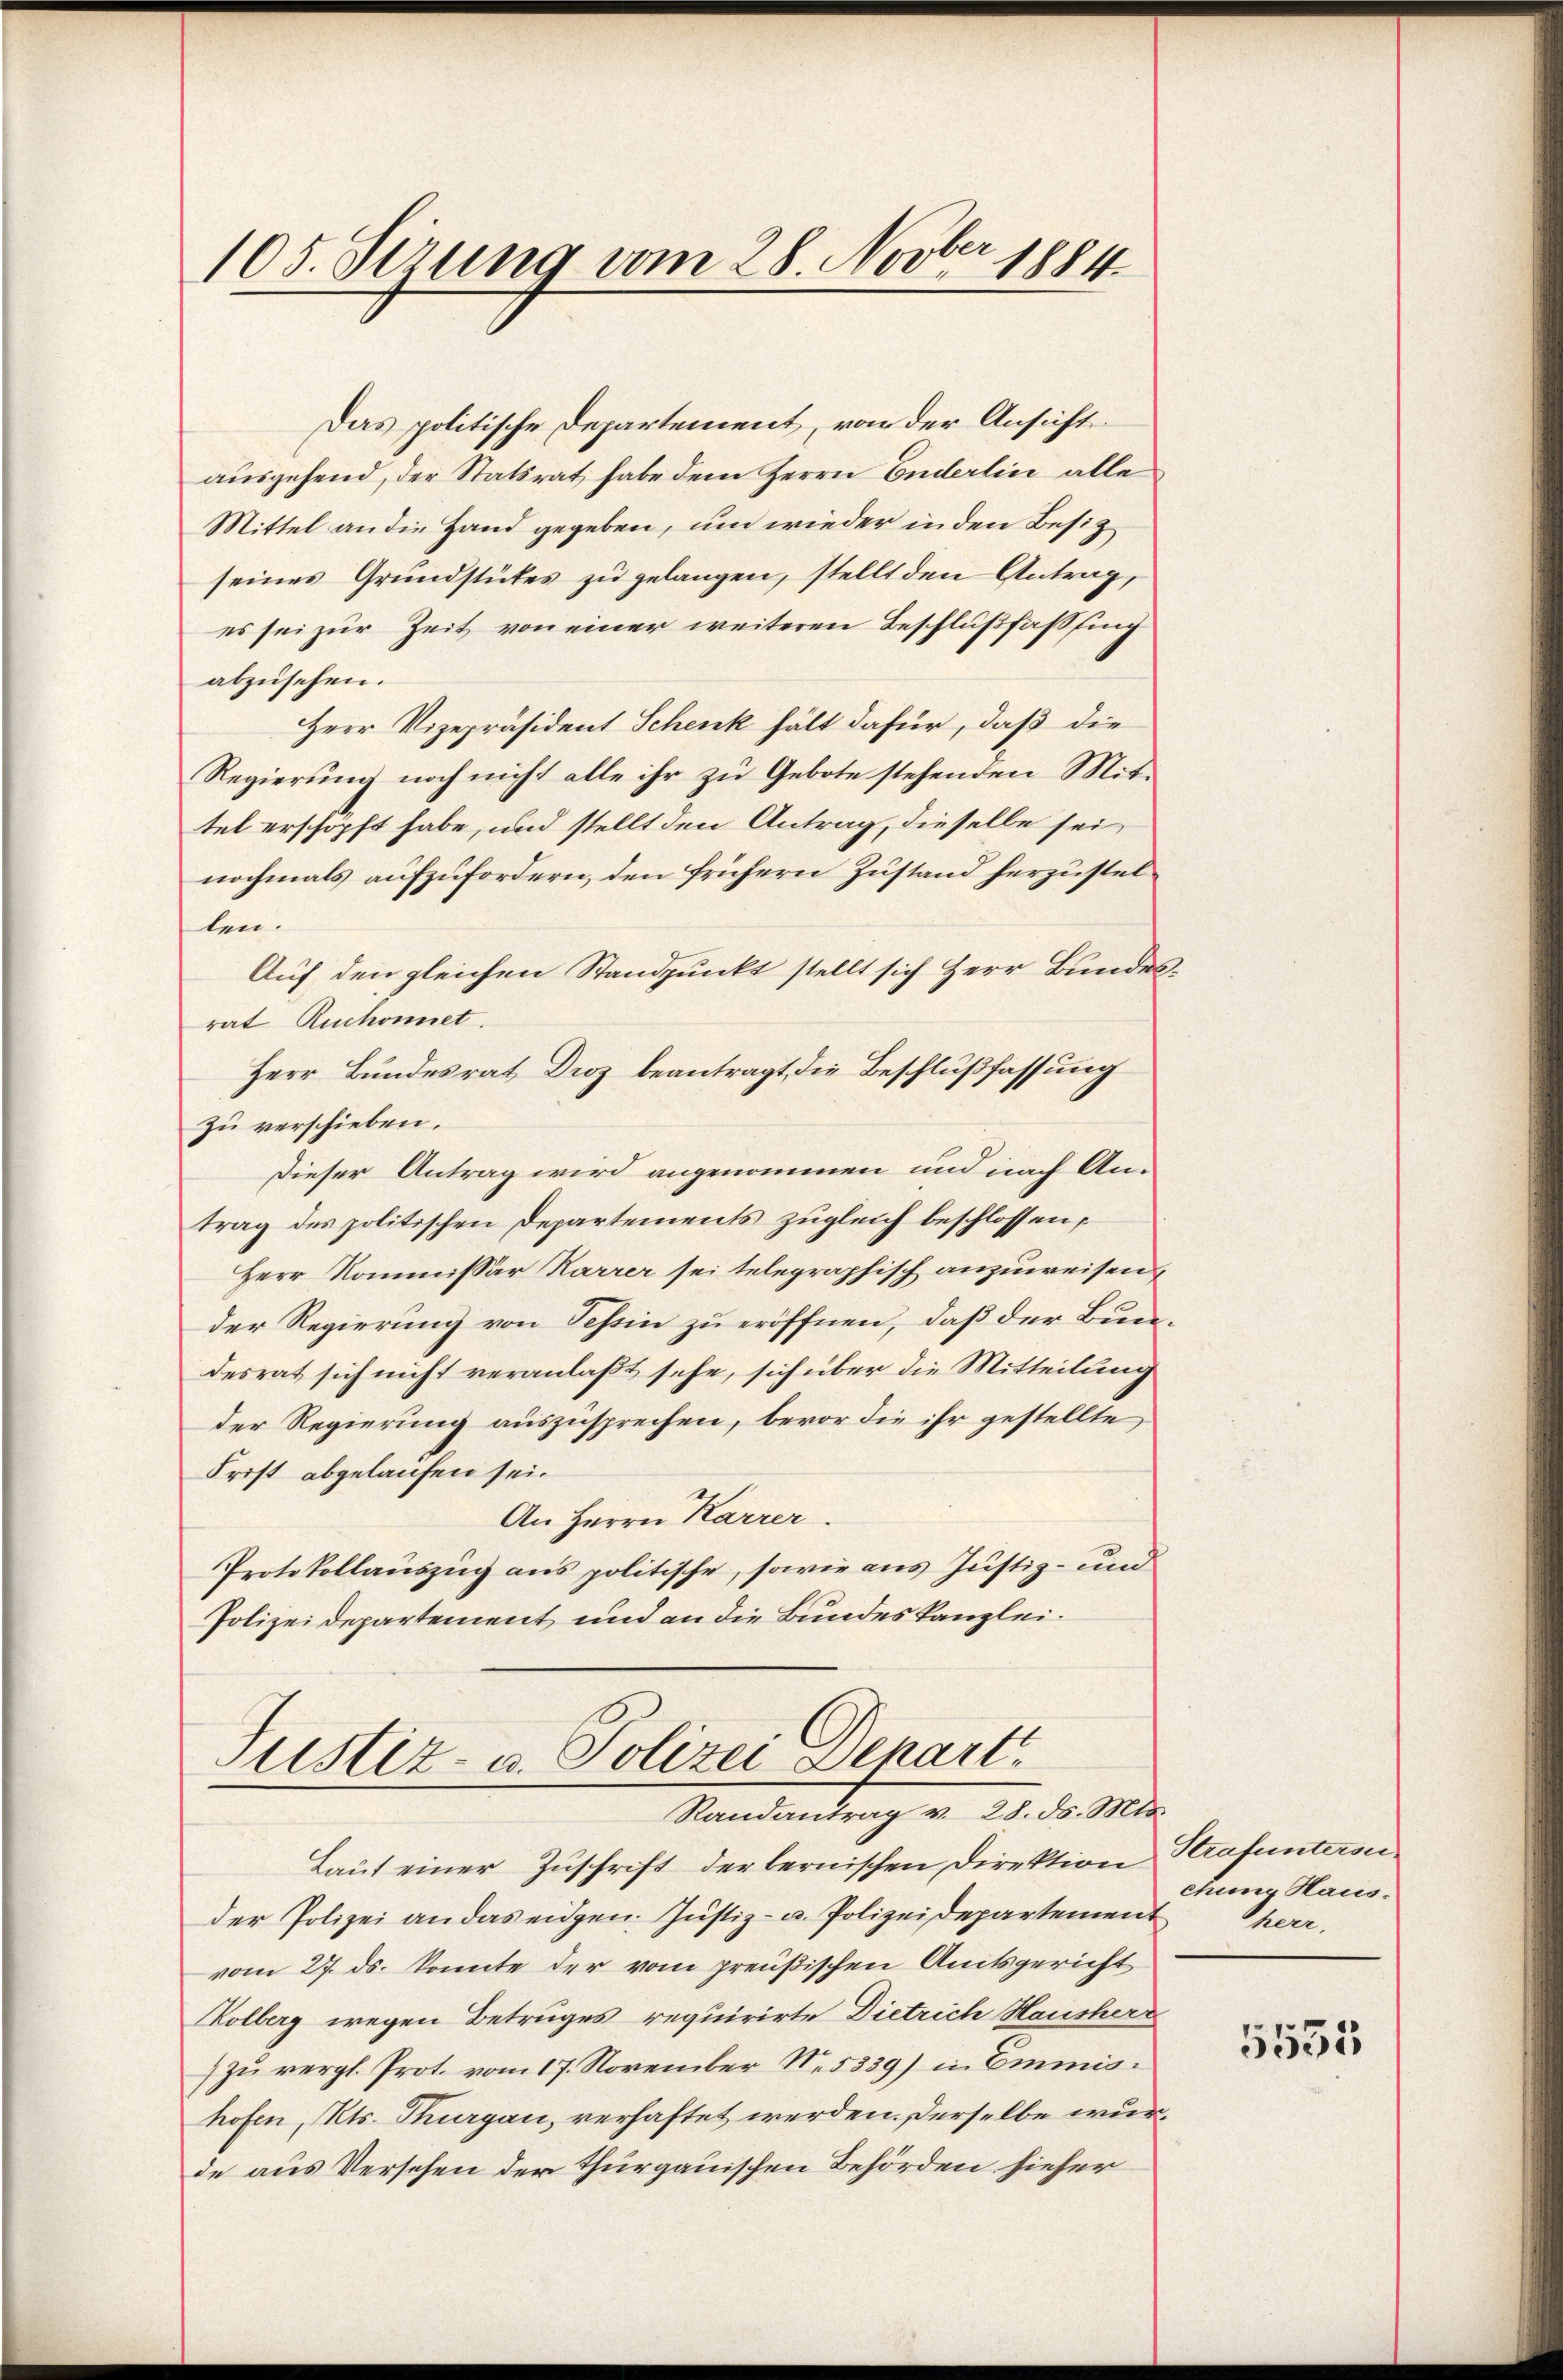
105. Serung vom 28. Novber 1884

Das politische Departement, von der Ansicht
ausgehend, der Statsrat habe dem Herrn Enderlin alle
Mittel an die Hand gegeben, um wieder in den Besiz
seines Grundstükes zu gelangen, stellt den Antrag,
es sei zur Zeit von einer weiteren Beschlußfaßfing
abzusehen.
Herr Vizepräsident Schenk hält dafür, daß die
Regierung noch nicht alle ihr zu Gebote stehenden Mittel erschöpft habe, und stellt den Antrag, dieselbe sei
nochmals aufzufordern, den frühern Zustand herzustelten.
Auf den gleichen Standpunkt stellt sich Herr Bundesrat Ruchonnet.
Herr Bundesrat Droz beantragt, die Beschlußfassung
zu verschieben.
Dieser Antrag wird angenommen und nach Antrag des politischen Departements zugleich beschlossen,
Herr Kommissar Karrer sei telegraphisch anzuweisen,
der Regierung von Tessin zu eröffnen, daß der Bundesrat sich nicht veranlaßt sehe, sich über die Mitteilung
der Regierung auszusprechen, bevor die ihr gestellte
Frist abgelaufen sei.
An Herrn Karrer.
Protokollauszug aus politische, sowie aus Justiz- und
Polizeidepartement und an die Bundeskanzlei.

Justiz- u. Polizei Denart
Randantrag v. 28. ds. Mts.

Laut einer Zuschrift der bernischen Direktion Strafuntersei
der Polizei an das eidgen. Justiz- u. Polizeidepartement
vom 27. ds. konnte der vom preußischen Amtsgericht
Kolberg wegen Betruges requirirte Dietrich Hausher
zu vergl. Prot. vom 17. November N. 5339) in Emmnishofen, Kts. Thurgau, verhaftet werden. Derselbe wurde aus Versehen der Thurgauischen Behörden hieher

chung Haus-
hen.

5553